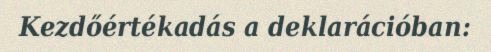
Kezdőértékadás a deklarációban: